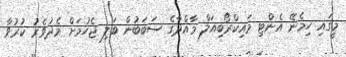
މީގައި ހިމެނޭ އެންޓި މައިކްރޯބިއަލް މާއްދާގެ ސަބަބުން ބަލި ޖެހުމަަށް މެދުވެރު ކުރުވާ